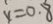
y = 0 . 8